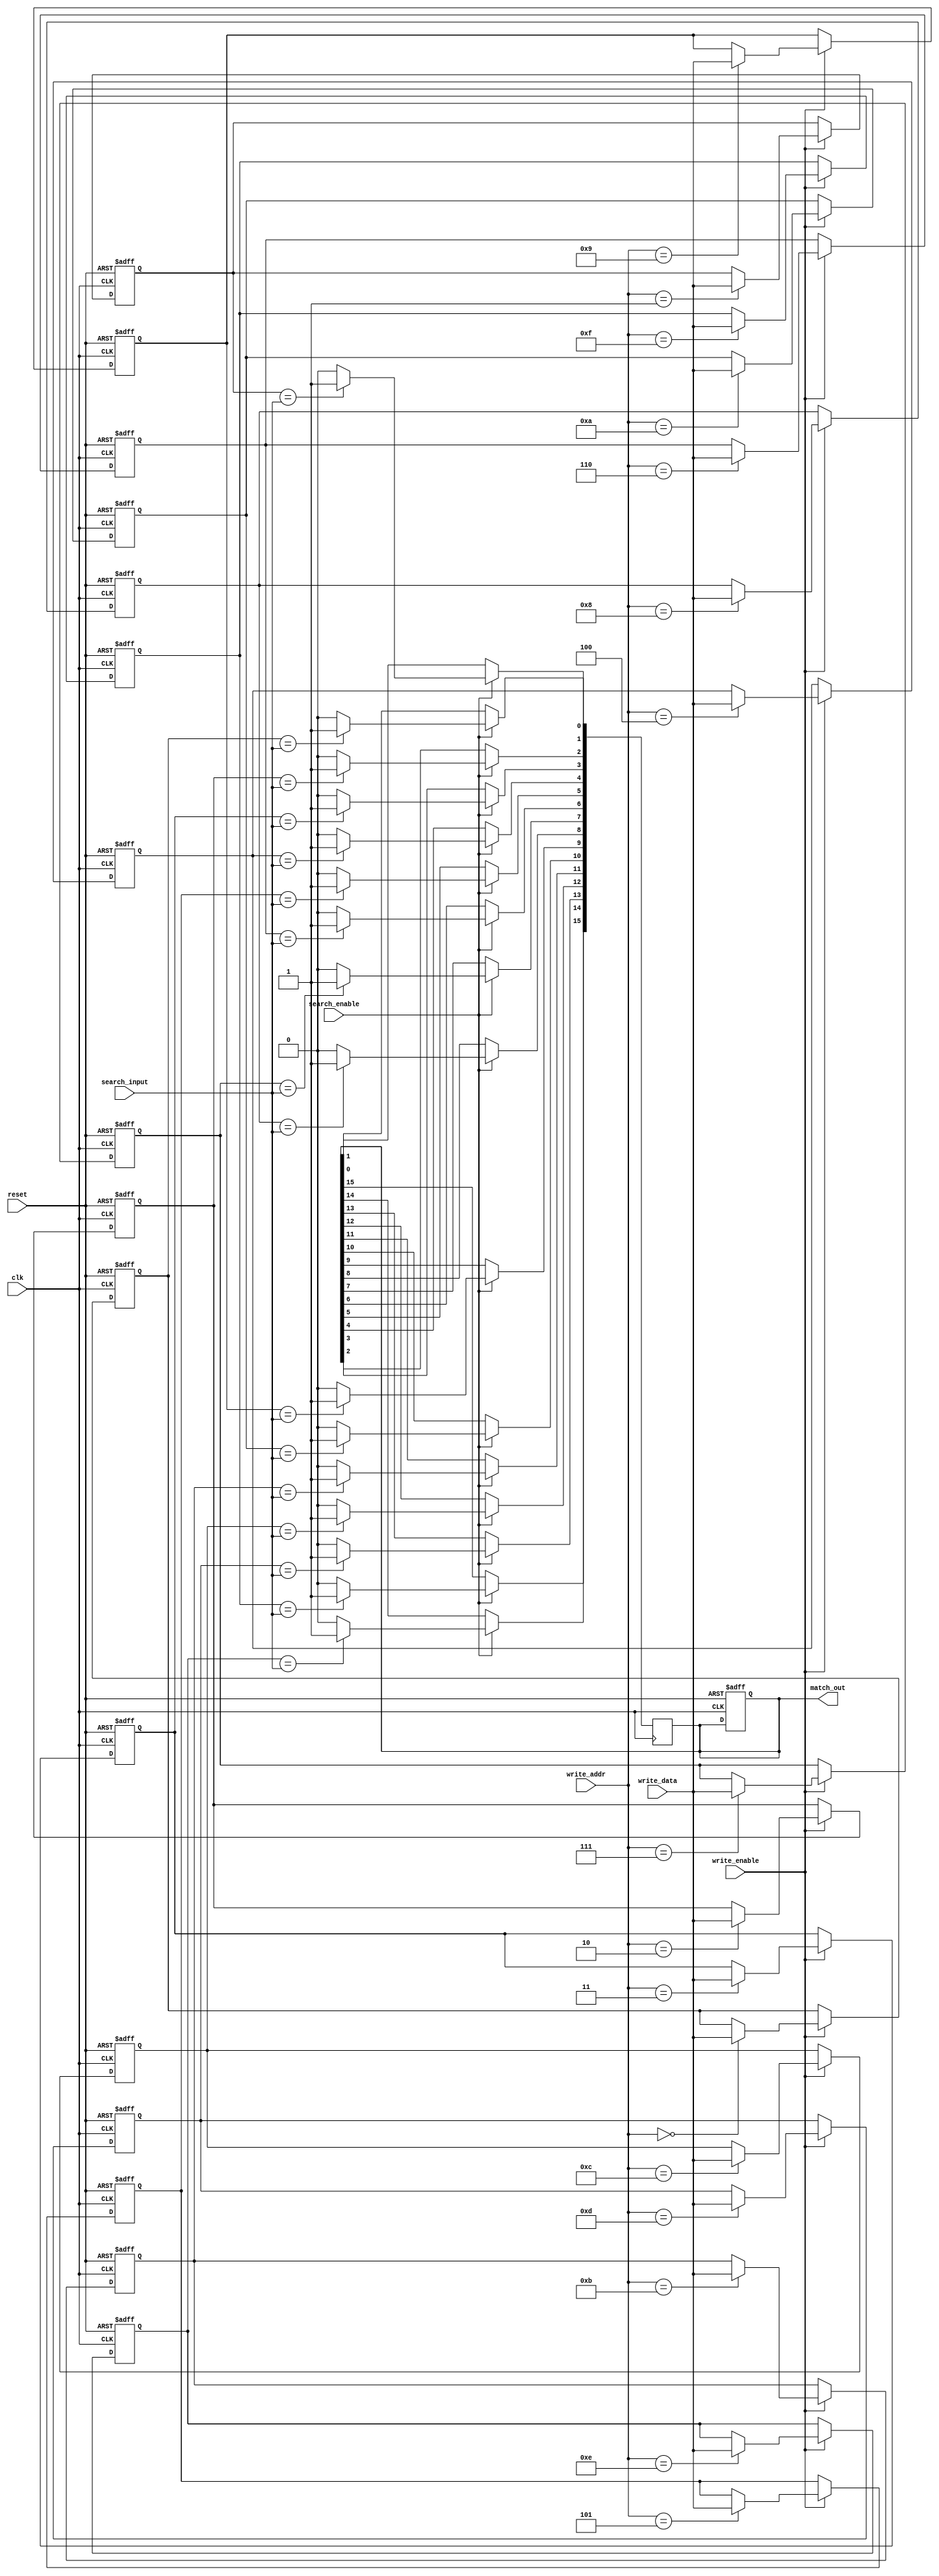
module MultimatchCAM #(
    parameter WORD_SIZE = 8,     // Size of each word
    parameter DEPTH = 16          // Number of entries in the CAM
)(
    input wire clk,               // Clock signal
    input wire reset,             // Reset signal
    input wire [WORD_SIZE-1:0] search_input, // Input data to search
    input wire [WORD_SIZE-1:0] write_data,   // Data to write
    input wire [3:0] write_addr,  // Address to write data
    input wire write_enable,       // Write enable signal
    input wire search_enable,      // Search enable signal
    output reg [DEPTH-1:0] match_out // Match output (1 for match, 0 for no match)
);

// Memory array to store entries
reg [WORD_SIZE-1:0] memory [0:DEPTH-1];

// Initialize the memory
integer i;
always @(posedge clk or posedge reset) begin
    if (reset) begin
        for (i = 0; i < DEPTH; i = i + 1) begin
            memory[i] <= {WORD_SIZE{1'b0}}; // Reset memory to zero
        end
        match_out <= {DEPTH{1'b0}}; // Clear match output
    end else begin
        if (write_enable) begin
            memory[write_addr] <= write_data; // Write data to memory
        end
    end
end

// Search operation
always @(posedge clk) begin
    if (search_enable) begin
        match_out <= {DEPTH{1'b0}}; // Clear previous matches
        for (i = 0; i < DEPTH; i = i + 1) begin
            if (memory[i] == search_input) begin
                match_out[i] <= 1'b1; // Set match output for matching entries
            end
        end
    end
end

endmodule